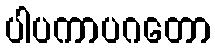
ပါပကာပဂတော